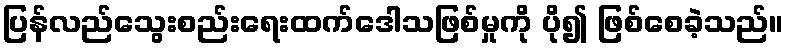
ပြန်လည်သွေးစည်းရေးထက်ဒေါသဖြစ်မှုကို ပို၍ ဖြစ်စေခဲ့သည်။